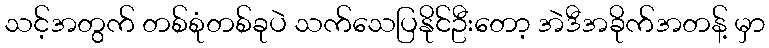
သင့်အတွက် တစ်စုံတစ်ခုပဲ သက်သေပြနိုင်ဦးတော့ အဲဒီအခိုက်အတန့် မှာ